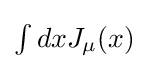
{\textstyle \int dxJ_{\mu }(x)}